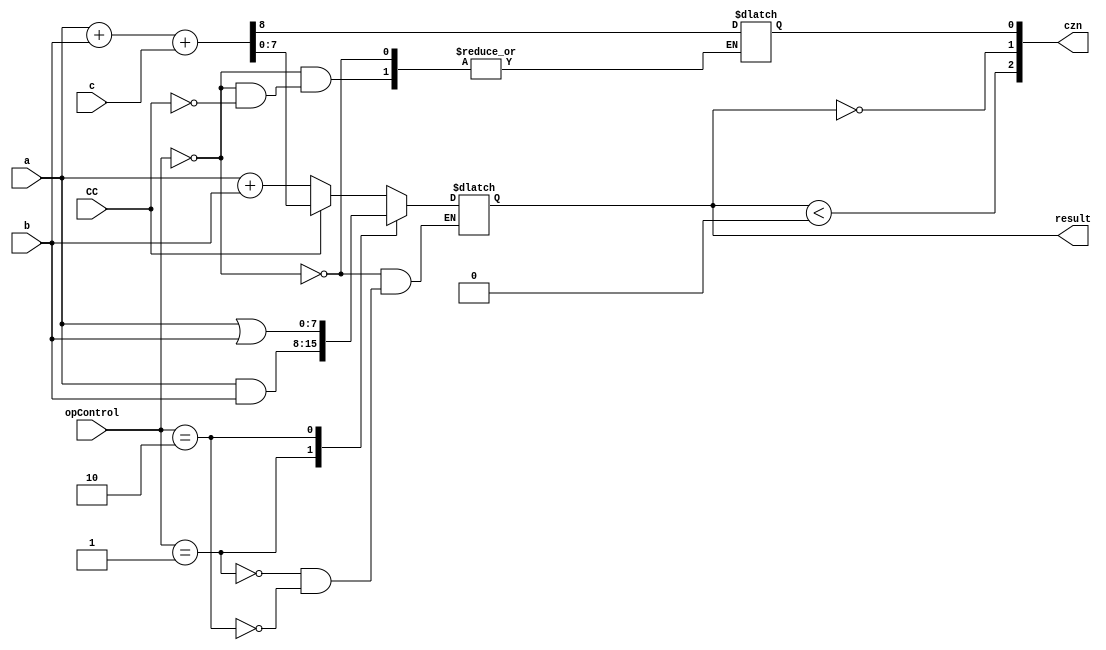
module ALU (a, b, opControl, c, result, czn, CC);

  input[7:0] a, b;
  input[1:0] opControl;
  input c, CC;
  output reg[7:0] result;
  output [2:0] czn;
  parameter [1:0] ADD = 2'b00, AND = 2'b01, OR = 2'b10;
  reg tempCarry;

  always @ ( a, b, c, opControl ) begin
    case(opControl)
    ADD:begin
          if(CC) begin{tempCarry, result} = a + b + c; end
          else begin result = a + b ; end
        end
    AND: result <= a & b;
    OR: result <= a | b;
    endcase
  end
  assign czn[0] = (tempCarry);
  assign czn[1] = (result == 0);
  assign czn[2] = (result < 0);

endmodule // ALU